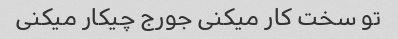
تو سخت کار میکنی جورج چیکار میکنی